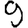
Digit: 9